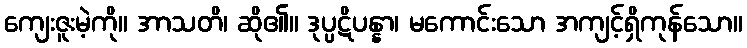
ကျေးဇူးမဲ့ကို။ အာသတိ၊ ဆို၏။ ဒုပ္ပဋိပန္နာ၊ မကောင်းသော အကျင့်ရှိကုန်သော။